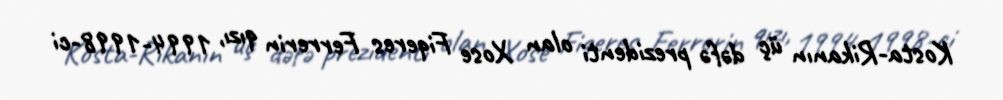
Kosta-Rikanın üç dəfə prezidenti olan Xose Fiqeres Ferrerin qızı, 1994-1998-ci